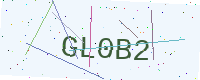
Text: GL0B2